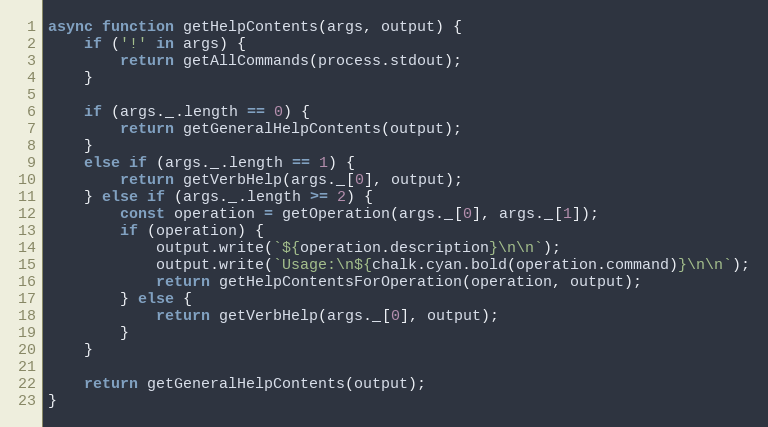
Language: JavaScript
async function getHelpContents(args, output) {
    if ('!' in args) {
        return getAllCommands(process.stdout);
    }

    if (args._.length == 0) {
        return getGeneralHelpContents(output);
    }
    else if (args._.length == 1) {
        return getVerbHelp(args._[0], output);
    } else if (args._.length >= 2) {
        const operation = getOperation(args._[0], args._[1]);
        if (operation) {
            output.write(`${operation.description}\n\n`);
            output.write(`Usage:\n${chalk.cyan.bold(operation.command)}\n\n`);
            return getHelpContentsForOperation(operation, output);
        } else {
            return getVerbHelp(args._[0], output);
        }
    }

    return getGeneralHelpContents(output);
}